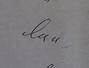
Signature authenticity: genuine